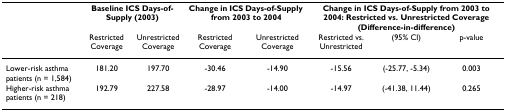
<table><thead><tr><td></td><td colspan="2"><b>Baseline ICS Days-of-Supply (2003)</b></td><td colspan="2"><b>Change in ICS Days-of-Supply from 2003 to 2004</b></td><td colspan="3"><b>Change in ICS Days-of-Supply from 2003 to 2004: Restricted vs. Unrestricted Coverage (Difference-in-difference)</b></td></tr><tr><td></td><td><b>Restricted Coverage</b></td><td><b>Unrestricted Coverage</b></td><td><b>Restricted Coverage</b></td><td><b>Unrestricted Coverage</b></td><td><b>Restricted vs. Unrestricted</b></td><td><b>(95% CI)</b></td><td><b>p-value</b></td></tr></thead><tbody><tr><td>Lower-risk asthma patients (n = 1,584)</td><td>181.20</td><td>197.70</td><td>-30.46</td><td>-14.90</td><td>-15.56</td><td>(-25.77, -5.34)</td><td>0.003</td></tr><tr><td>Higher-risk asthma patients (n = 218)</td><td>192.79</td><td>227.58</td><td>-28.97</td><td>-14.00</td><td>-14.97</td><td>(-41.38, 11.44)</td><td>0.265</td></tr></tbody></table>